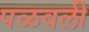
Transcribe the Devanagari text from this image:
पळवली